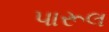
પારૂલ